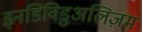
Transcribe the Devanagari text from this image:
इनडिविडुअलिज़म